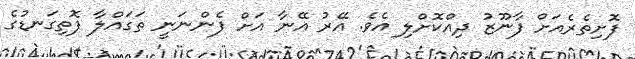
ފޮށިތެރެއަށް ފާނޫޒު ދިއްކޮށްލި އެވެ. އޭރު އޭނާ އަށް ފެންނަނީ ތަގައްލާ ފޮތިގަނޑުގެ